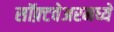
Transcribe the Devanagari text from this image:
सॉफ़्टवेअरमध्ये